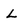
Character: L